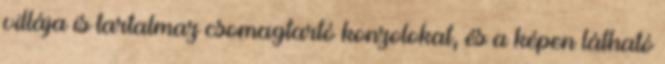
villája is tartalmaz csomagtartó konzolokat, és a képen látható